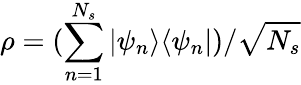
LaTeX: \rho=(\sum_{n=1}^{N_{s}}|\psi_{n}\rangle\langle\psi_{n}|)/\sqrt{N_{s}}